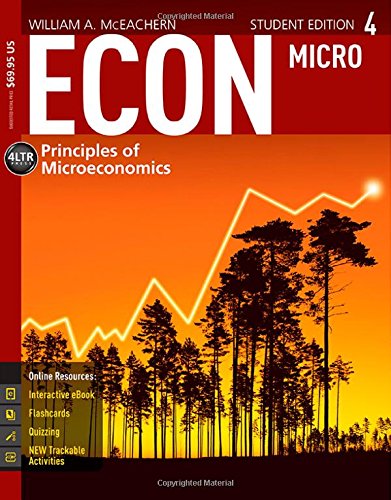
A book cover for ECON Microeconomics 4 (New, Engaging Titles from 4LTR Press); William A. McEachern; Business & Money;